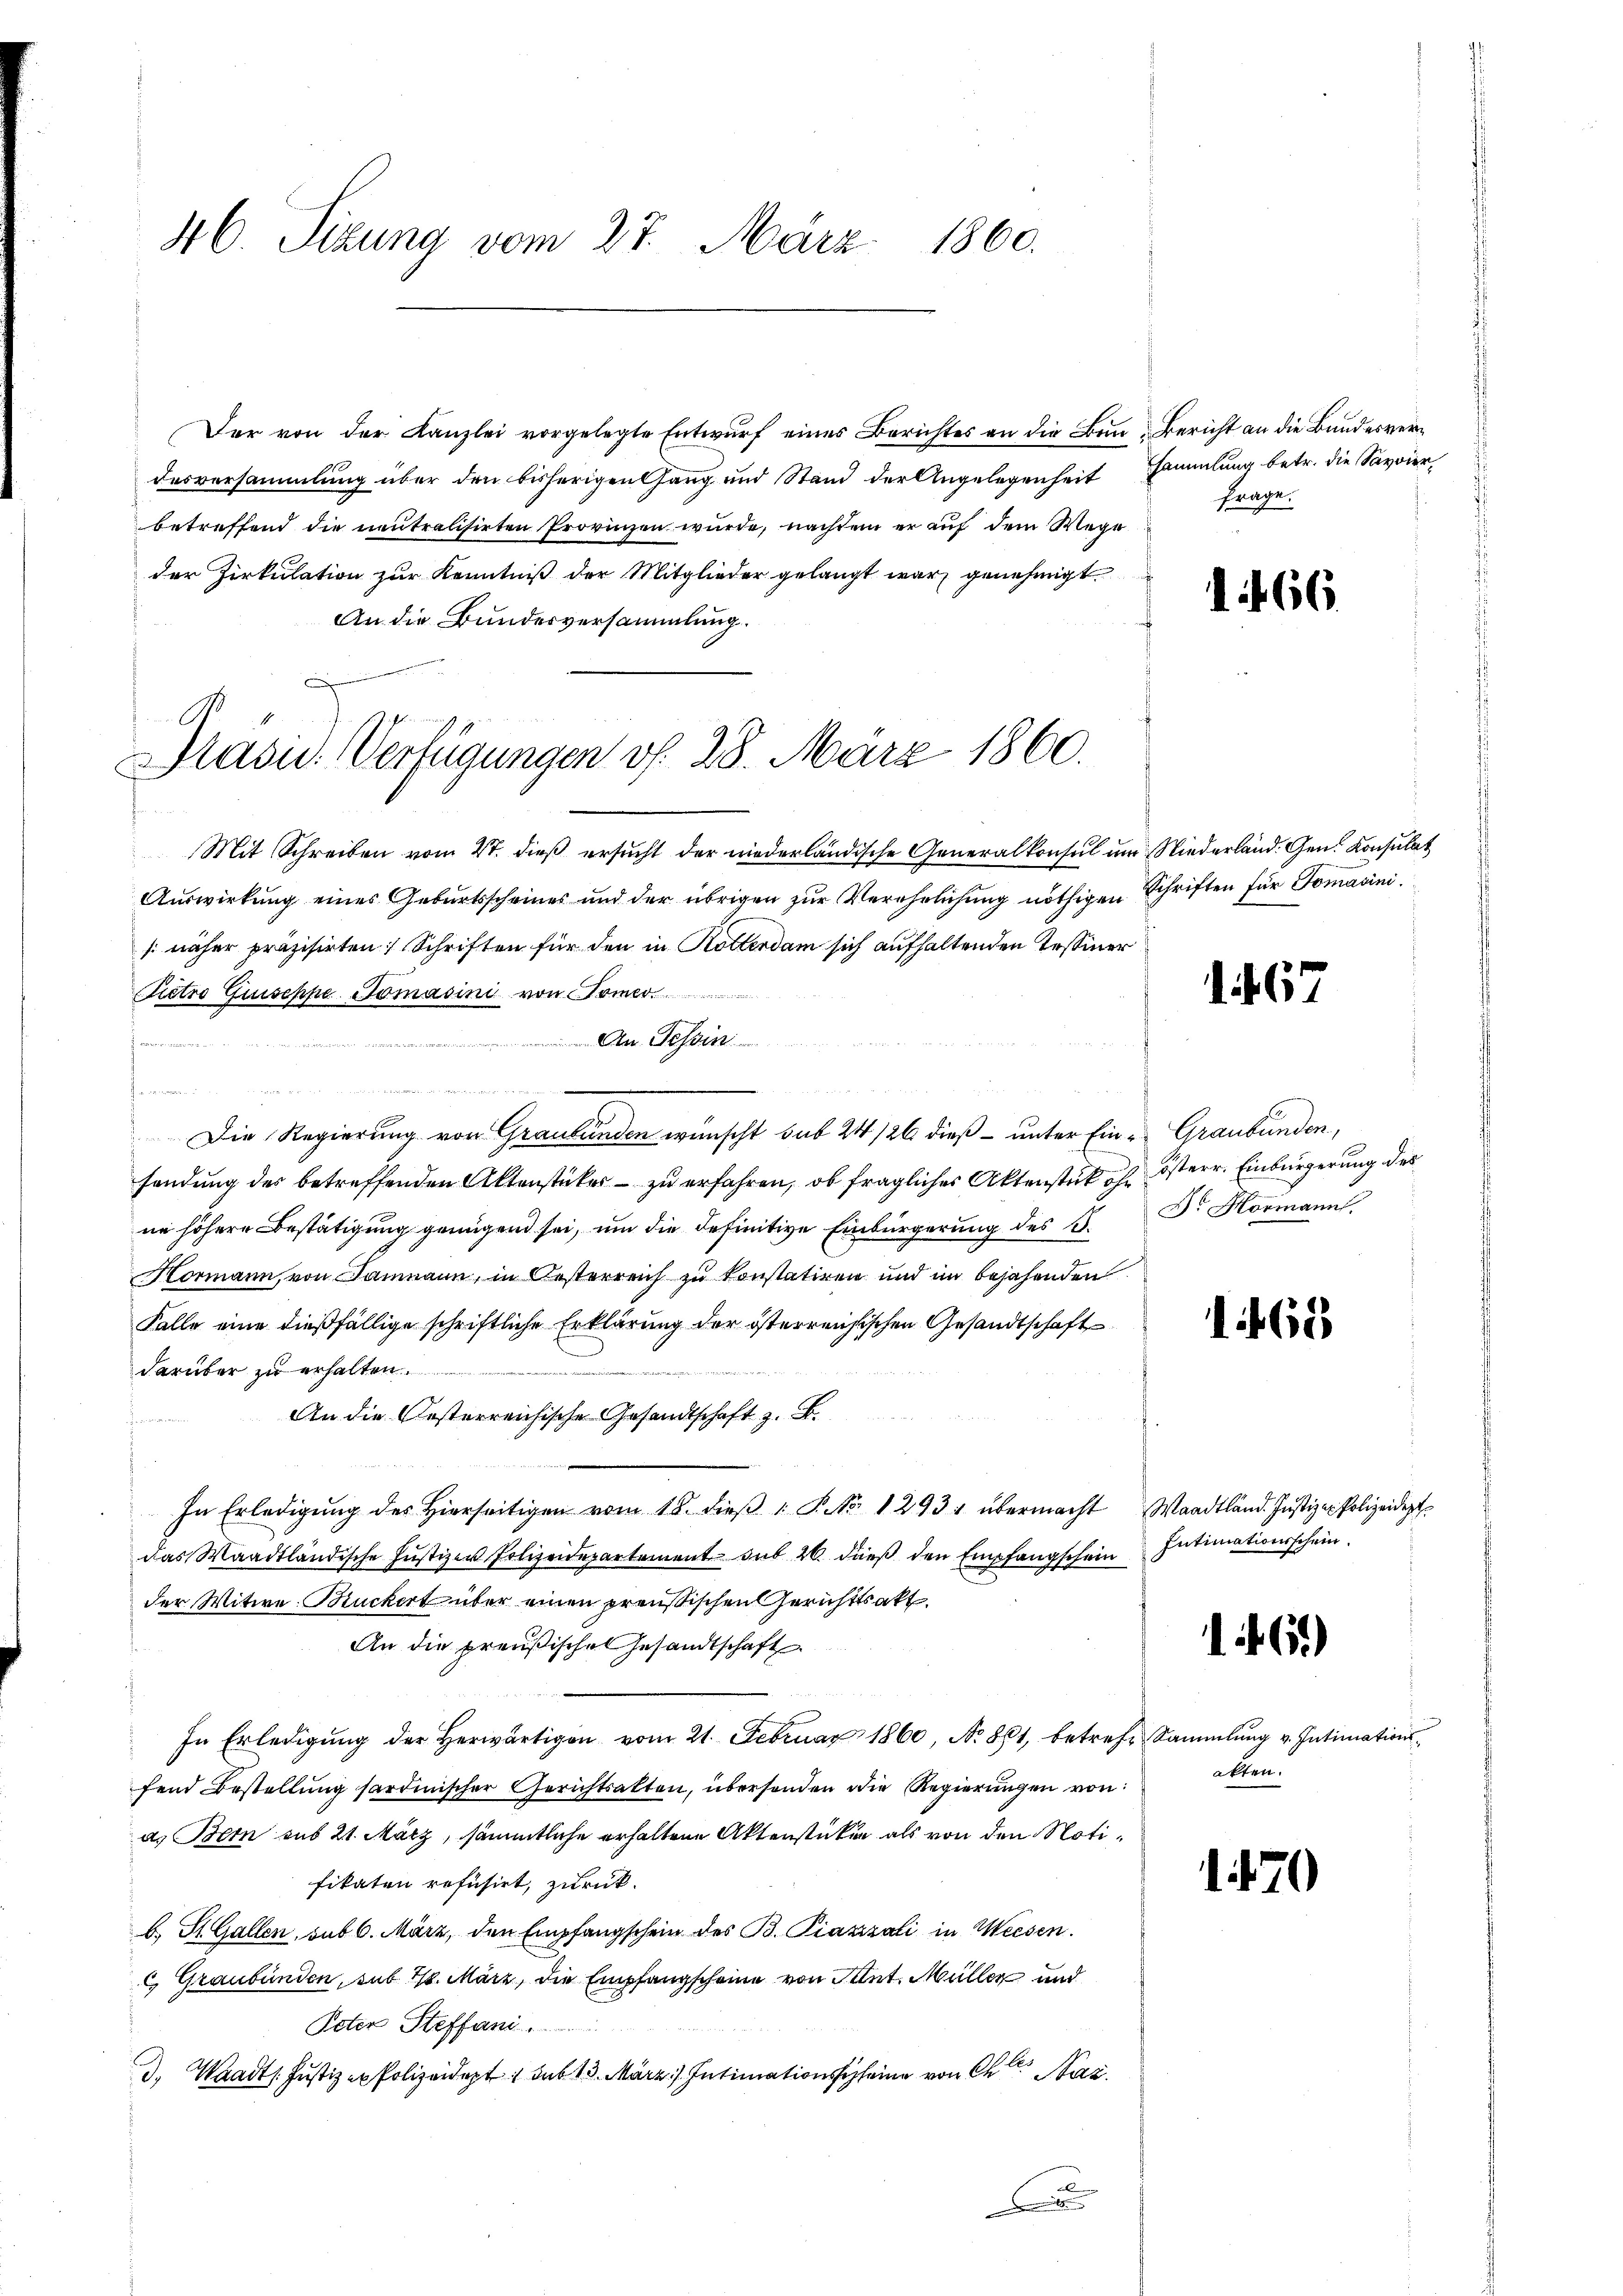
46. Sitzung vom 27. März 1860.

Der von der Kanzlei vorgelegte Entwurf eines Berichtes an die Bun- Bericht an die Bundesverdesversammlung über den bisherigen Gang und Stand der Angelegenheit Sammlung betr. die Savoierbetreffend die neutralisirten Provinzen wurde, nachdem er auf dem Wege
der Zirkulation zur Kenntniß der Mitglieder gelangt war genehmigt
An die Bundesversammlung.

Pasu. Verfügungen v. 28. März 1860.

Mit Schreiben vom 27. dieß ersucht der niederländische Generalkonsul um Niederland. Gen. Konsulat
Auswirkung eines Geburtsscheines und der übrigen zur Verehrlichung nöthigen Schriften für Tomasini.
[näher präzisirten Schriften für den in Rotterdam sich aufhaltenden Tessiner
Pietro Guiseppe Tomasini von Somer.
An Tessin
J. Moser
n
fenen
Die Regierung von Graubünden wünscht sub 24 /26 dieß – unter Ein-Graubünden,
sendung des betreffenden Aktenstücker – zu erfahren, ob fragliches Aktenstück oh österr. Einbürgerung des
ne höhere Bestätigung genügend sei, um die definitive Einbürgerung des H. Dr. Normann
Hormann, von Baumann, in Oesterreich zu konstatiren und im bejahenden
Falle eine dießfällige schriftliche Erklärung der österreichischen Gesandtschaft
darüber zu erhalten.
An die Oesterreichische Gesandtschaft z. B.

In Erledigŭng des hierseitigen vom 18. dieβ 1 S. Nr. 1293 übermacht Waadtländ. Justiz - Polizeidept
das Waadtländische Justizen Polizeidepartement sub 26 dieß den Empfangschein Intimationsschein.
der Witwe Buckert über einen preußischen Gerichtsakt
An die preußisches Gesandtschaft
In Erledigŭng der herwärtigen vom 21. Februar 1860, No. 861, betreff Sammlung v. Intimation
fend Bestellung sartinischer Gerichtsalten, übersonden die Regierungen von:
a. Bern aus 21. März, sämmtliche erhaltene Aktenstücken als von den Notifikaten rofusirt, zurück.
b. St. Gallen, sub 6. März, den Empfangschein des B. Piazzati in Weesen.
 Graubünden, sub 28. März, die Empfangscheine von Stat. Müller und
Poten Steffani.
d. Waadt. Justiz er Polizeidept, sub 15. März. Intimationsscheine von Chr. Naz

.

frage.

1466.

1467

168

.61)

akten.

.

20